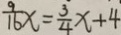
\frac { 9 } { 1 6 } x = \frac { 3 } { 4 } x + 4